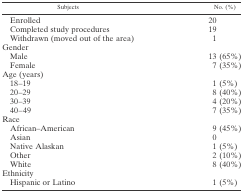
| Subjects | No. (%) |
 | --- | --- |
 | Enrolled | 20 |
 | Completed study procedures | 19 |
 | Withdrawn (moved out of the area) | 1 |
 | <COLSPAN=2> Gender |
 | Male | 13 (65%) |
 | Female | 7 (35%) |
 | <COLSPAN=2> Age (years) |
 | 18–19 | 1 (5%) |
 | 20–29 | 8 (40%) |
 | 30–39 | 4 (20%) |
 | 40–49 | 7 (35%) |
 | <COLSPAN=2> Race |
 | African–American | 9 (45%) |
 | Asian | 0 |
 | Native Alaskan | 1 (5%) |
 | Other | 2 (10%) |
 | White | 8 (40%) |
 | <COLSPAN=2> Ethnicity |
 | Hispanic or Latino | 1 (5%) |